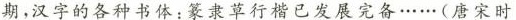
期，汉字的各种书体:篆隶草行楷已发展完备……(唐宋时